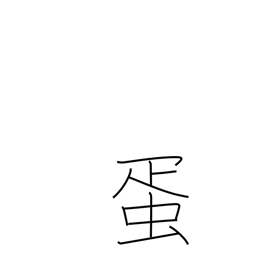
Meaning: egg